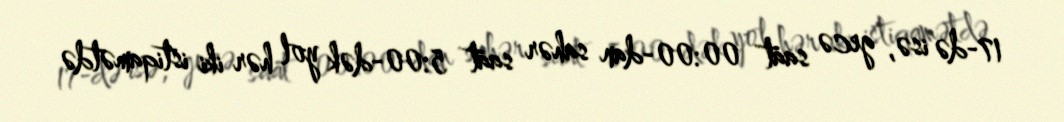
17-də isə, gecə saat 00:00-dan sahər saat 5:00-dək yol hər iki istiqamətdə